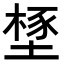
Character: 𣗃